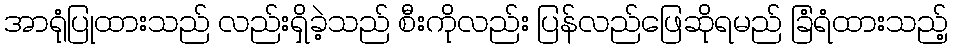
အာရုံပြုထားသည် လည်းရှိခဲ့သည် စီးကိုလည်း ပြန်လည်ဖြေဆိုရမည် ခြံရံထားသည့်